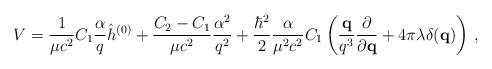
\begin{align*}V = \frac{1}{\mu c^2}C_1\frac{\alpha}{q}\hat h^{(0)} +\frac{C_2-C_1}{\mu c^2}\frac{\alpha^2}{q^2} + \frac{\hbar^2}{2}\frac{\alpha}{\mu^2c^2}C_1\left(\frac{{\bf q}}{q^3}\frac{\partial}{\partial{\bf q}} + 4\pi\lambda\delta({\bf q})\right)\,,\end{align*}